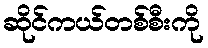
ဆိုင်ကယ်တစ်စီးကို